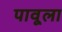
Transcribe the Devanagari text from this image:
पावूला